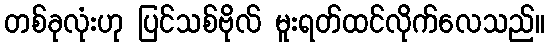
တစ်ခုလုံးဟု ပြင်သစ်ဗိုလ် မူးရတ်ထင်လိုက်လေသည်။